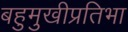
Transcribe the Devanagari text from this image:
बहुमुखीप्रतिभा